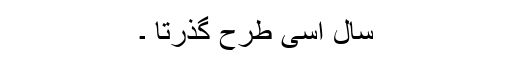
سال اسی طرح گذرتا ۔